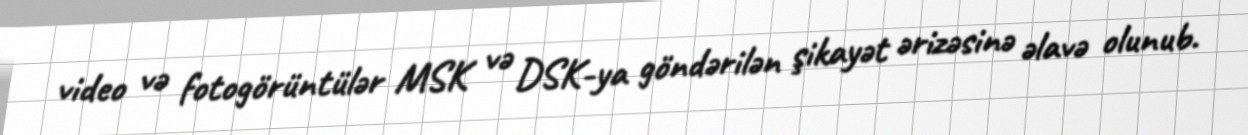
video və fotogörüntülər MSK və DSK-ya göndərilən şikayət ərizəsinə əlavə olunub.